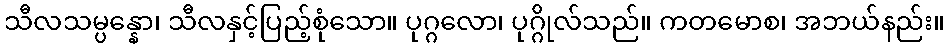
သီလသမ္ပန္နော၊ သီလနှင့်ပြည့်စုံသော။ ပုဂ္ဂလော၊ ပုဂ္ဂိုလ်သည်။ ကတမောစ၊ အဘယ်နည်း။